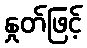
နှုတ်ဖြင့်